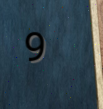
9